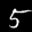
Label: 5